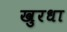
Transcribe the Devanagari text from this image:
खुरधा